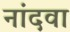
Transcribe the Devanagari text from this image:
नांदवा